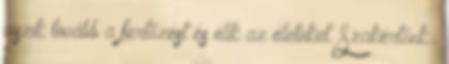
viszik tovább a fertőzést és élik az életüket. Szakértőnk:.